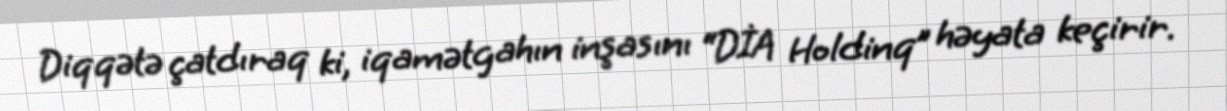
Diqqətə çatdıraq ki, iqamətgahın inşasını “DİA Holdinq” həyata keçirir.